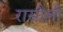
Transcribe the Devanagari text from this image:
रासौली